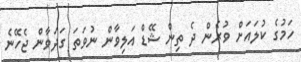
ހަމުގެ ކުލައަށް ވުރެން ދެ ތިން ޝޭޑް އަލިވާން ނުވަތަ ގަދަވާން ޖެހޭނެ